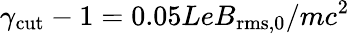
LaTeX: \gamma_{\mathrm{cut}}-1=0.05LeB_{\mathrm{rms},0}/mc^{2}